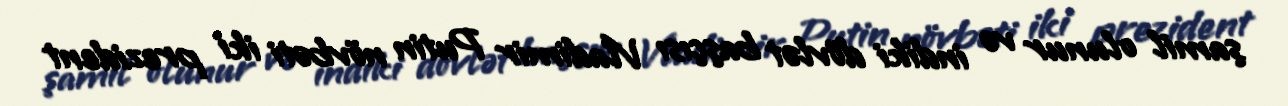
şamil olunur və indiki dövlət başçısı Vladimir Putin növbəti iki prezident